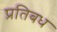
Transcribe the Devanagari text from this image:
प्रतिबध